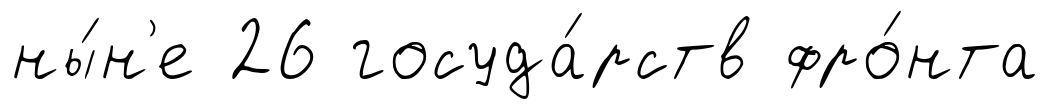
ны́н'е 26 госуда́рств фро́нта